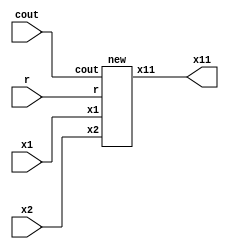
module main(x1,x2,r,cout,x11);
input [4:0]r;
input cout;
input [31:0]x1,x2;
output [31:0]x11;

new n00(r,cout,x1,x2,x11);

endmodule

module new(r,cout,x1,x2,x11);

input [4:0]r;
input cout;
input [31:0]x1,x2;
output reg [31:0]x11;
//reg [31:0]ma;

always@(*)
begin
 if(cout==1'b1)
 begin
 x11<=x2;
 //ma<=x11;
 end
 if(cout==1'b0 && r!=7'b0)
 begin
  x11<=x1;
 end
 if(cout==1'b0 && r==7'b0)
 begin
   x11<=32'b0;
 end
end



endmodule